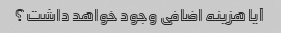
آیا هزینه اضافی وجود خواهد داشت؟